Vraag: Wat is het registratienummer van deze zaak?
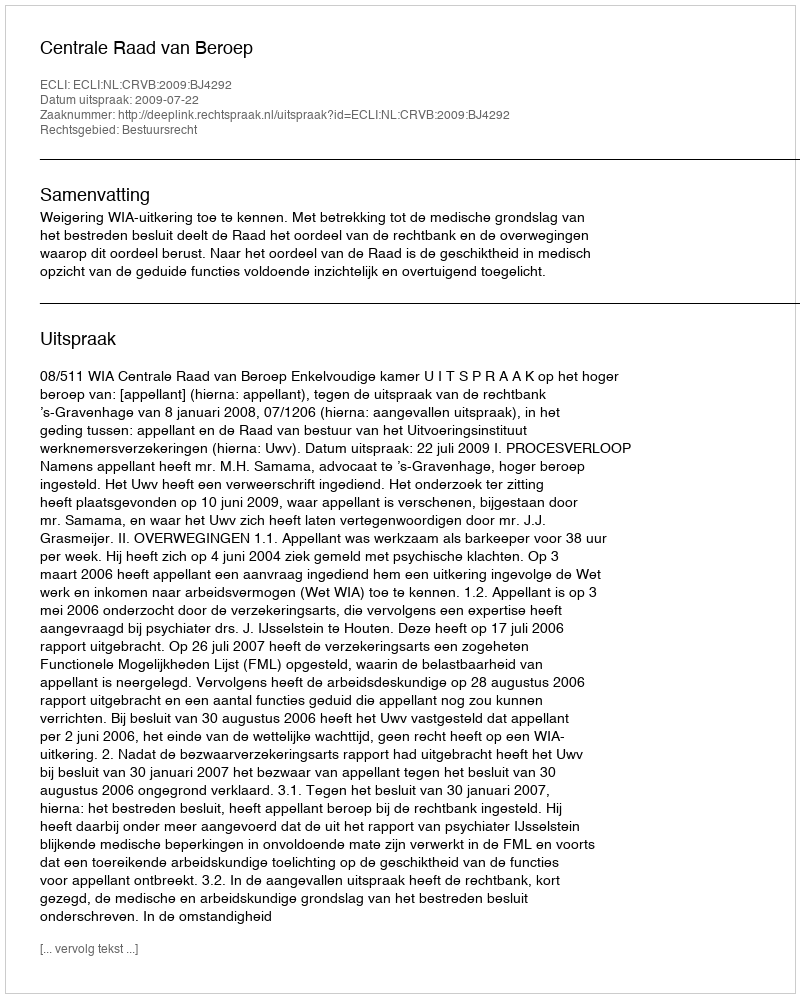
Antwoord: http://deeplink.rechtspraak.nl/uitspraak?id=ECLI:NL:CRVB:2009:BJ4292